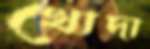
খোদা